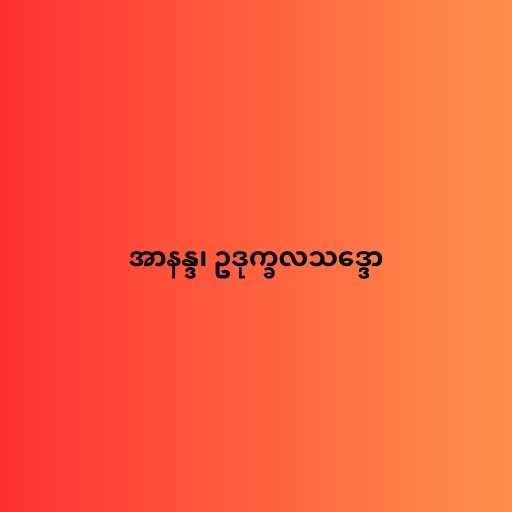
အာနန္ဒ၊ ဥဒုက္ခလသဒ္ဒော